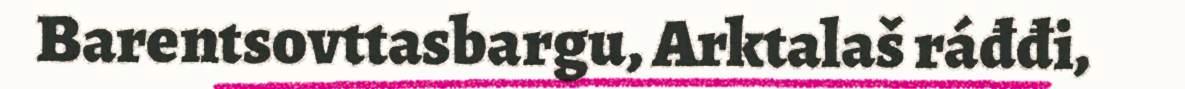
Barentsovttasbargu, Arktalaš ráđđi,